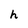
Character: h